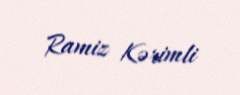
Ramiz Kərimli